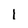
Character: l